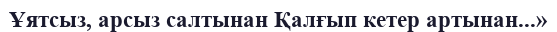
Ұятсыз, арсыз салтынан Қалғып кетер артынан...»